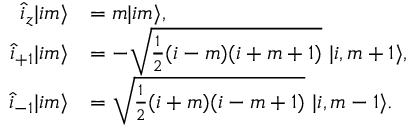
\begin{array} { r l } { \hat { i } _ { z } | i m \rangle } & { = m | i m \rangle , } \\ { \hat { i } _ { + 1 } | i m \rangle } & { = - \sqrt { \frac { 1 } { 2 } ( i - m ) ( i + m + 1 ) } \ | i , m + 1 \rangle , } \\ { \hat { i } _ { - 1 } | i m \rangle } & { = \sqrt { \frac { 1 } { 2 } ( i + m ) ( i - m + 1 ) } \ | i , m - 1 \rangle . } \end{array}